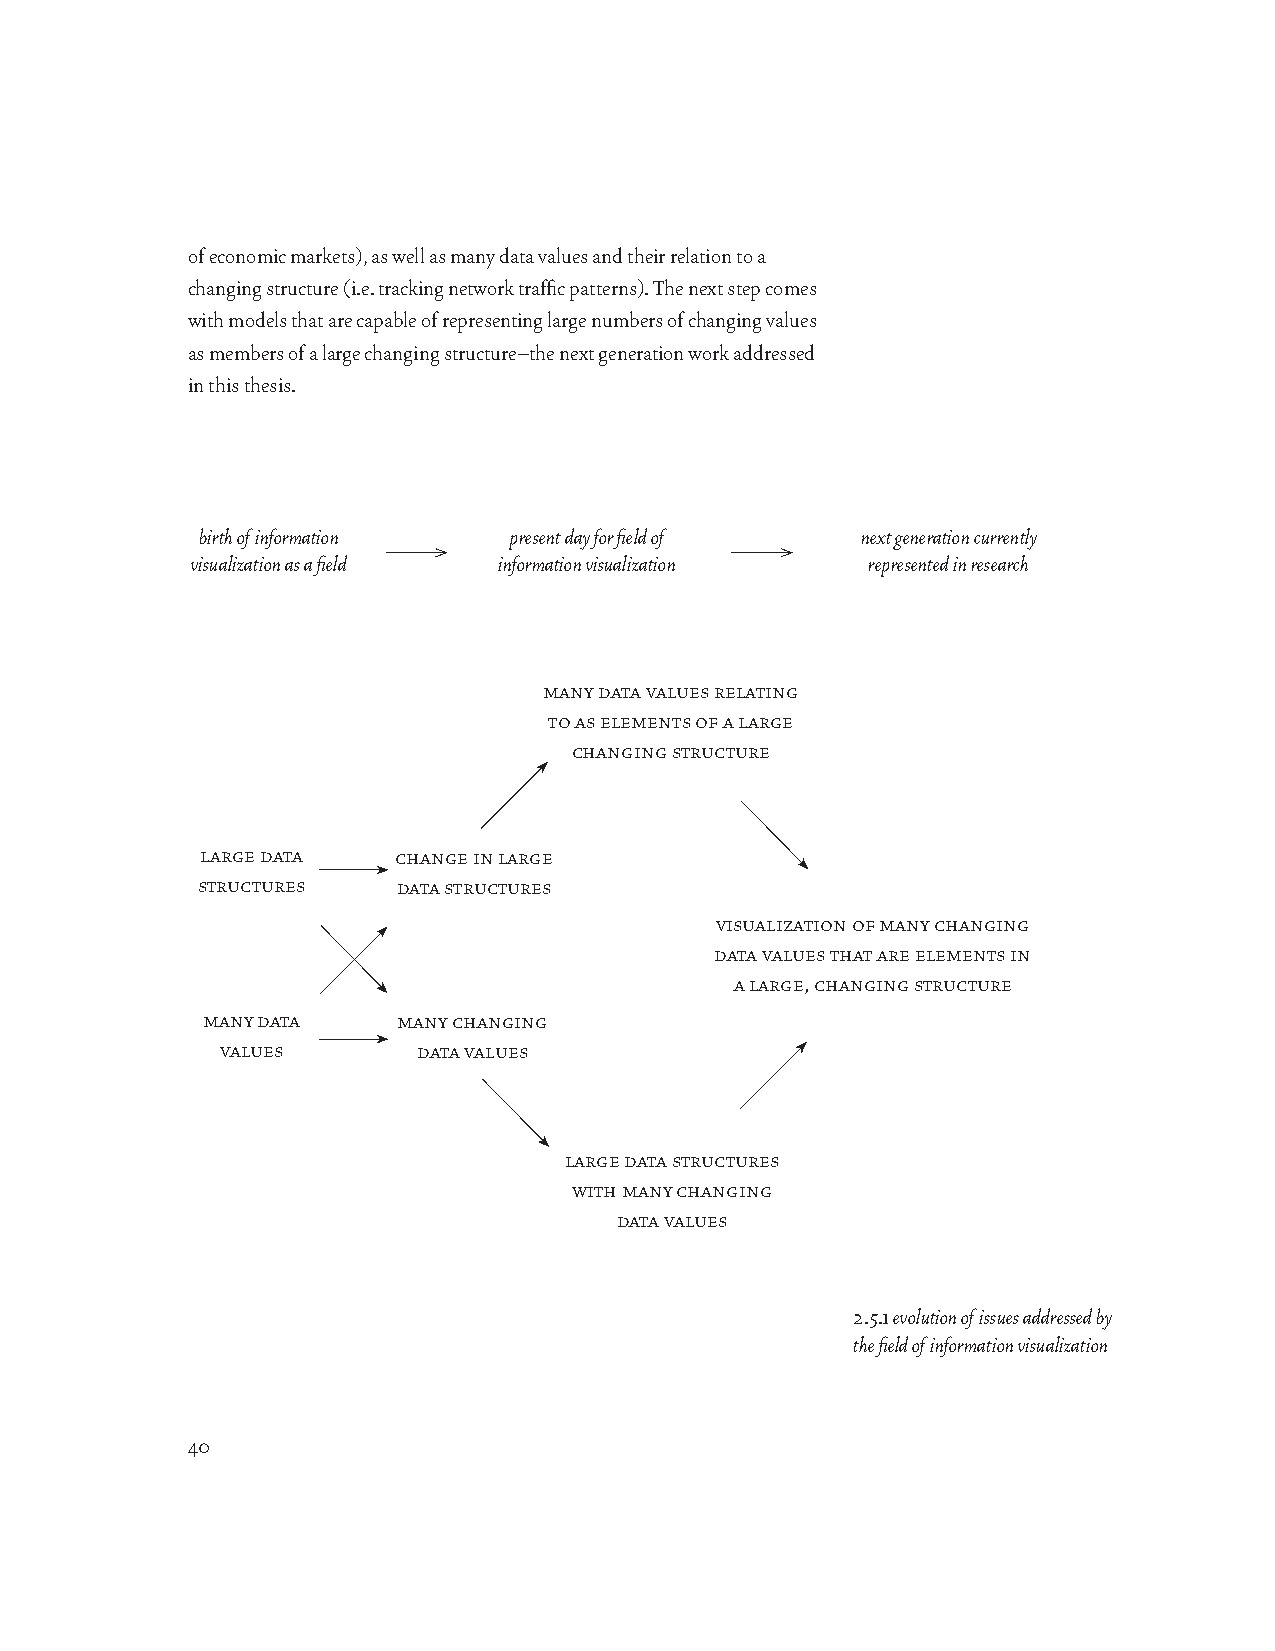
of economic markets), as well as many data values and their relation to a
 changing structure (i.e. tracking network traffic patterns). The next step comes
 with models that are capable of representing large numbers of changing values
 as members of a large changing structure–the next generation work addressed
 in this thesis.
 birth of information present day for field of next generation currently
 visualization as a field information visualization represented in research
 many data values relating
 to as elements of a large
 changing structure
 large data   change in large
 structures   data structures
 visualization of many changing
 data values that are elements in
 a large, changing structure
 many data    many changing
 values       data values
 large data structures
 with many changing
 data values
 2.5.1 evolution of issues addressed by
 the field of information visualization
 40